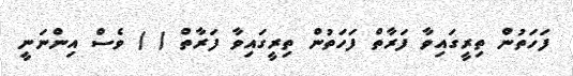
ފަހަތުން ތިރީގައިވާ ފަރާތް ފަހަތުން ތިރީގައިވާ ފަރާތް ( ) ވެސް އިންނަނީ